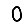
Digit: 0